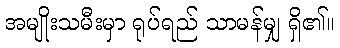
အမျိုးသမီးမှာ ရုပ်ရည် သာမန်မျှ ရှိ၏။